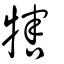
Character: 犗